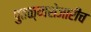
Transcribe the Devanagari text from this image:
पुतळ्याशेजारीच